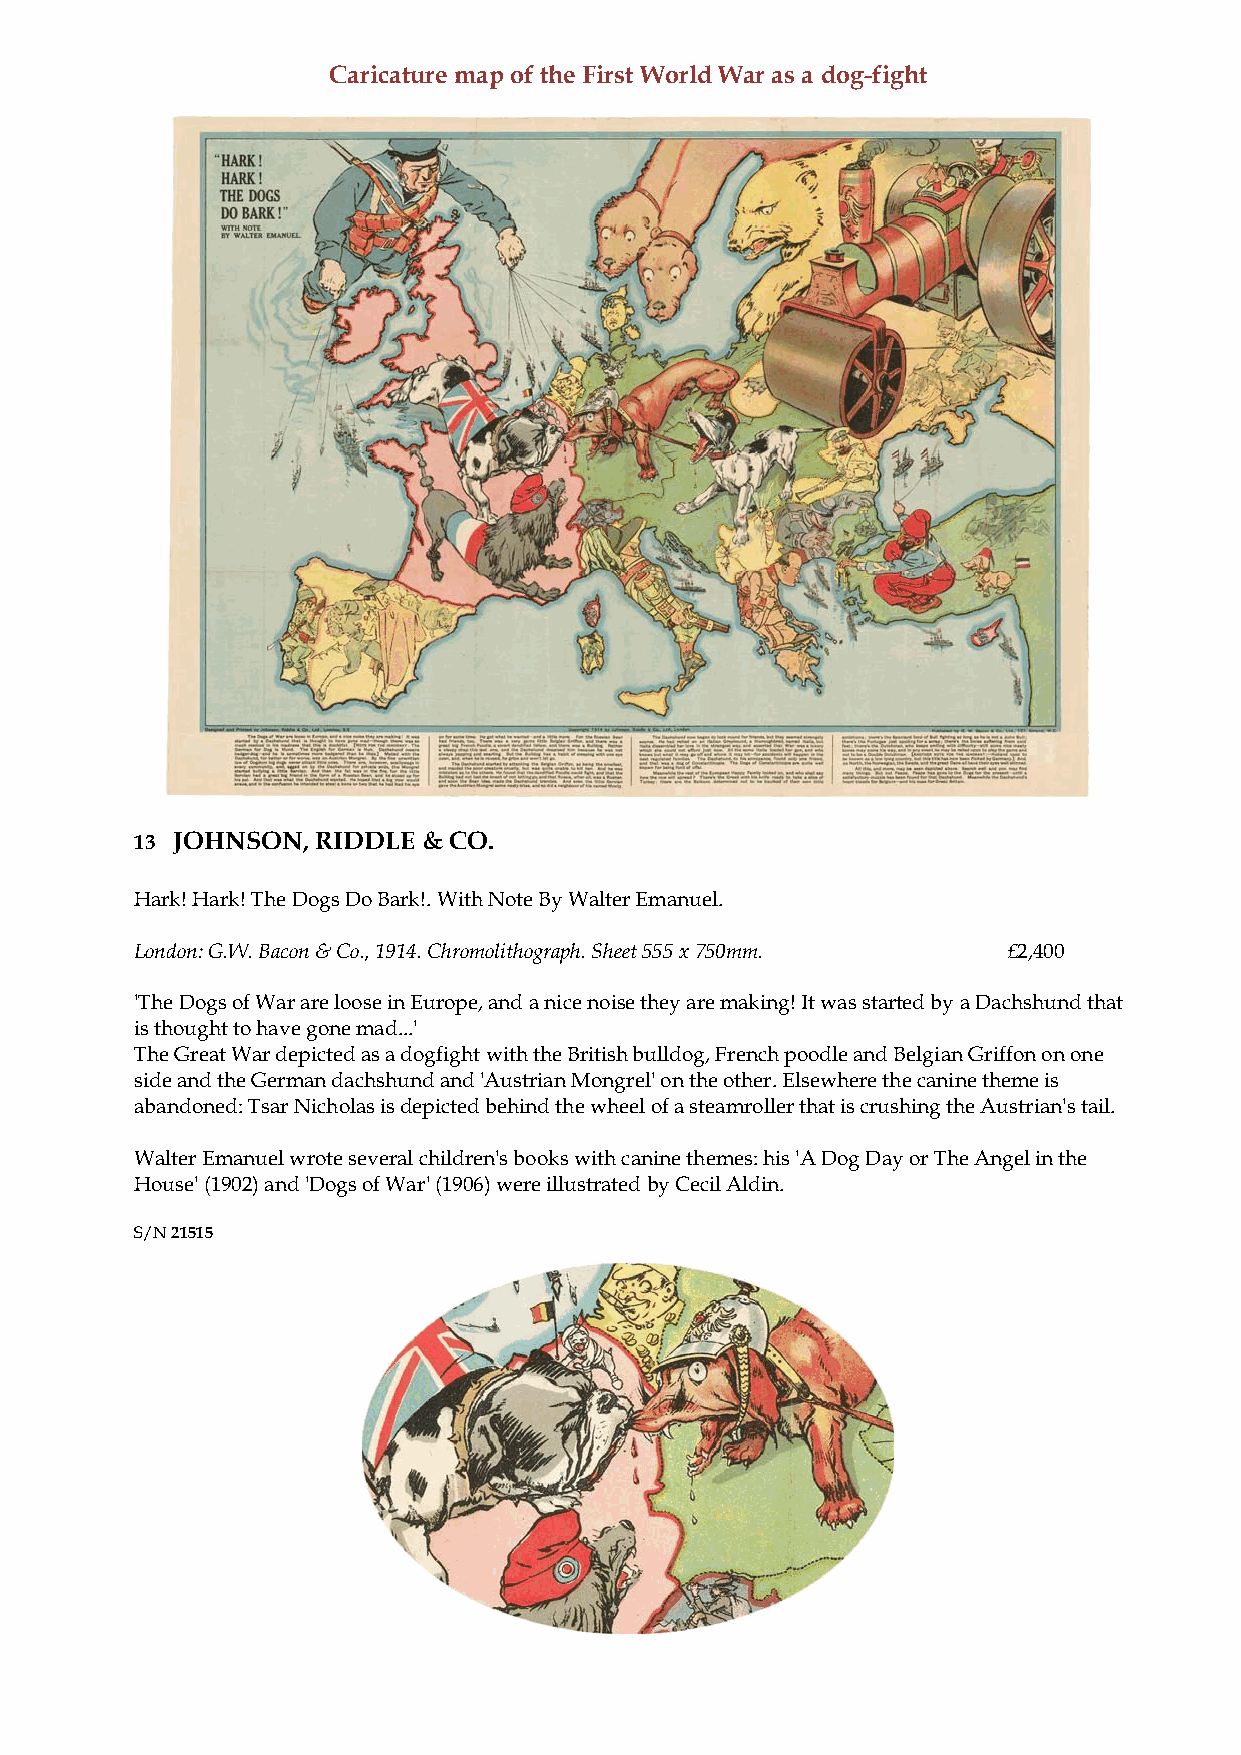
Caricature map of the First World War as a dog-fight
 13 JOHNSON, RIDDLE & CO.
 Hark! Hark! The Dogs Do Bark!. With Note By Walter Emanuel.
 London: G.W. Bacon & Co., 1914. Chromolithograph. Sheet 555 x 750mm. £2,400
 'The Dogs of War are loose in Europe, and a nice noise they are making! It was started by a Dachshund that
 is thought to have gone mad...'
 The Great War depicted as a dogfight with the British bulldog, French poodle and Belgian Griffon on one
 side and the German dachshund and 'Austrian Mongrel' on the other. Elsewhere the canine theme is
 abandoned: Tsar Nicholas is depicted behind the wheel of a steamroller that is crushing the Austrian's tail.
 Walter Emanuel wrote several children's books with canine themes: his 'A Dog Day or The Angel in the
 House' (1902) and 'Dogs of War' (1906) were illustrated by Cecil Aldin.
 S/N 21515